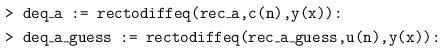
LaTeX: \begin{align*} &\texttt{> deq\_a := rectodiffeq(rec\_a,c(n),y(x)):}\\ &\texttt{> deq\_a\_guess := rectodiffeq(rec\_a\_guess,u(n),y(x)):}\end{align*}